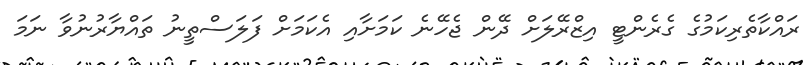
ރައްކާތެރިކަމުގެ ގެރެންޓީ އިޒްރޭލަށް ދޭން ޖެހޭނެ ކަމަށާއި އެކަމަށް ފަލަސްތީނު ތައްޔާރުނުވާ ނަމަ